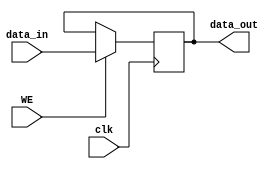
module register(
	input wire [31:0]data_in,
	input wire WE,
	input wire clk,
	output wire [31:0] data_out
);
	reg [31:0] data;
	initial begin
	    data=0;
	end
	always @(posedge clk) begin
		if(WE == 1'b1) begin
			data <= data_in;
		end
	end
	assign data_out = data;
endmodule